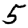
Digit: 5